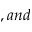
, a n d